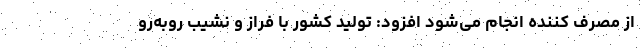
از مصرف کننده انجام می‌شود افزود: تولید کشور با فراز و نشیب روبه‌رو